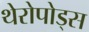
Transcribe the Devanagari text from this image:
थेरोपोड्स